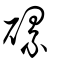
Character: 磥